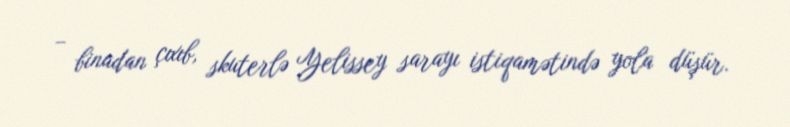
– binadan çıxıb, skuterlə Yelissey sarayı istiqamətində yola düşür.